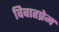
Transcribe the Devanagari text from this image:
विवाहप्रेम